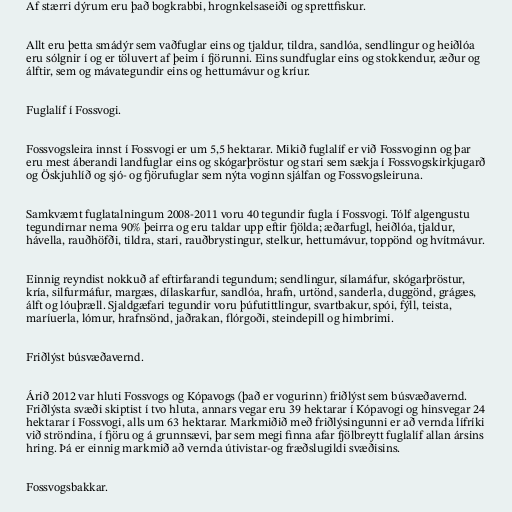
Af stærri dýrum eru það bogkrabbi, hrognkelsaseiði og sprettfiskur.

Allt eru þetta smádýr sem vaðfuglar eins og tjaldur, tildra, sandlóa, sendlingur og heiðlóa
eru sólgnir í og er töluvert af þeim í fjörunni. Eins sundfuglar eins og stokkendur, æður og
álftir, sem og mávategundir eins og hettumávur og kríur.

Fuglalíf í Fossvogi.

Fossvogsleira innst í Fossvogi er um 5,5 hektarar. Mikið fuglalíf er við Fossvoginn og þar
eru mest áberandi landfuglar eins og skógarþröstur og stari sem sækja í Fossvogskirkjugarð
og Öskjuhlíð og sjó- og fjörufuglar sem nýta voginn sjálfan og Fossvogsleiruna.

Samkvæmt fuglatalningum 2008-2011 voru 40 tegundir fugla í Fossvogi. Tólf algengustu
tegundirnar nema 90% þeirra og eru taldar upp eftir fjölda; æðarfugl, heiðlóa, tjaldur,
hávella, rauðhöfði, tildra, stari, rauðbrystingur, stelkur, hettumávur, toppönd og hvítmávur.

Einnig reyndist nokkuð af eftirfarandi tegundum; sendlingur, sílamáfur, skógarþröstur,
kría, silfurmáfur, margæs, dílaskarfur, sandlóa, hrafn, urtönd, sanderla, duggönd, grágæs,
álft og lóuþræll. Sjaldgæfari tegundir voru þúfutittlingur, svartbakur, spói, fýll, teista,
maríuerla, lómur, hrafnsönd, jaðrakan, flórgoði, steindepill og himbrimi.

Friðlýst búsvæðavernd.

Árið 2012 var hluti Fossvogs og Kópavogs (það er vogurinn) friðlýst sem búsvæðavernd.
Friðlýsta svæði skiptist í tvo hluta, annars vegar eru 39 hektarar í Kópavogi og hinsvegar 24
hektarar í Fossvogi, alls um 63 hektarar. Markmiðið með friðlýsingunni er að vernda lífríki
við ströndina, í fjöru og á grunnsævi, þar sem megi finna afar fjölbreytt fuglalíf allan ársins
hring. Þá er einnig markmið að vernda útivistar-og fræðslugildi svæðisins.

Fossvogsbakkar.